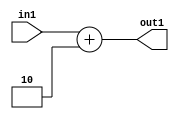
`timescale 1ps / 1ps
/*****************************************************************************
    Verilog RTL Description
    
    
    Created by: Stratus DpOpt 2019.1.01 
*******************************************************************************/

module DC_Filter_Add_4U_21_1 (
	in1,
	out1
	); /* architecture "behavioural" */ 
input [3:0] in1;
output [3:0] out1;
wire [3:0] asc001;

assign asc001 = 
	+(in1)
	+(4'B0010);

assign out1 = asc001;
endmodule

/* CADENCE  urn3TAE= : u9/ySgnWtBlWxVPRXgAZ4Og= ** DO NOT EDIT THIS LINE ******/